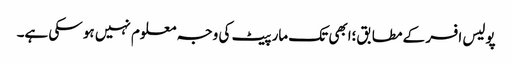
پولیس افسر کے مطابق؛ابھی تک مار پیٹ کی وجہ معلوم نہیں ہو سکی ہے۔